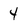
Character: 4